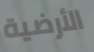
الأرضية